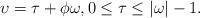
LaTeX: \begin{align*}\upsilon=\tau+ \phi\omega,0\leq \tau\leq |\omega|-1.\end{align*}